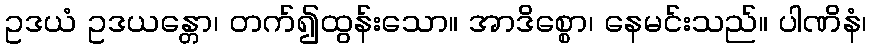
ဥဒယံ ဥဒယန္တော၊ တက်၍ထွန်းသော။ အာဒိစ္စော၊ နေမင်းသည်။ ပါဏိနံ၊